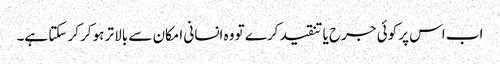
اب اس پر کوئی جرح یا تنقید کرے تو وہ انسانی امکان سے بالا تر ہوکر کر سکتا ہے۔